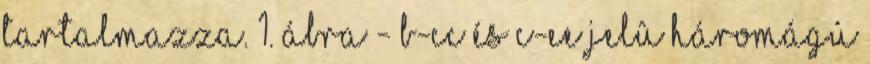
tartalmazza. 1. ábra - B-CC és C-EE jelû háromágú